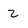
Character: 2